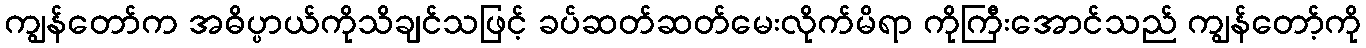
ကျွန်တော်က အဓိပ္ပာယ်ကိုသိချင်သဖြင့် ခပ်ဆတ်ဆတ်မေးလိုက်မိရာ ကိုကြီးအောင်သည် ကျွန်တော့်ကို